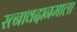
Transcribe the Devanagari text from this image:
रत्नावदानमाला